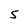
Character: s